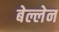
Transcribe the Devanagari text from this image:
बेल्लेन